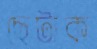
ছেটাক